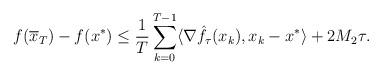
LaTeX: \begin{align*} f(\overline{x}_T) - f(x^*) \leq \frac1T \sum \limits_{k=0}^{T-1}\langle \nabla \hat{f}_\tau(x_{k}) , x_k -x^* \rangle + 2M_2\tau. \end{align*}